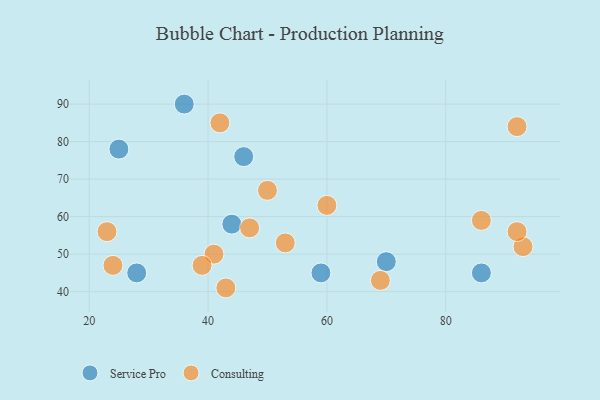
{"axis": {"x": "GDP", "y": "Life Expectancy"}, "legend": ["Consulting", "Service Pro"], "data": [{"x": "44", "y": 58, "type": "Service Pro"}, {"x": "36", "y": 90, "type": "Service Pro"}, {"x": "28", "y": 45, "type": "Service Pro"}, {"x": "86", "y": 45, "type": "Service Pro"}, {"x": "25", "y": 78, "type": "Service Pro"}, {"x": "46", "y": 76, "type": "Service Pro"}, {"x": "59", "y": 45, "type": "Service Pro"}, {"x": "70", "y": 48, "type": "Service Pro"}, {"x": "93", "y": 52, "type": "Consulting"}, {"x": "86", "y": 59, "type": "Consulting"}, {"x": "92", "y": 56, "type": "Consulting"}, {"x": "53", "y": 53, "type": "Consulting"}, {"x": "41", "y": 50, "type": "Consulting"}, {"x": "23", "y": 56, "type": "Consulting"}, {"x": "42", "y": 85, "type": "Consulting"}, {"x": "69", "y": 43, "type": "Consulting"}, {"x": "43", "y": 41, "type": "Consulting"}, {"x": "47", "y": 57, "type": "Consulting"}, {"x": "39", "y": 47, "type": "Consulting"}, {"x": "92", "y": 84, "type": "Consulting"}, {"x": "24", "y": 47, "type": "Consulting"}, {"x": "50", "y": 67, "type": "Consulting"}, {"x": "60", "y": 63, "type": "Consulting"}]}